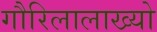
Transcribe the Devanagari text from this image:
गौरिलालाख्यो